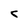
Character: c